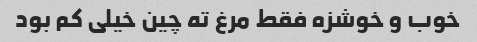
خوب و خوشزه فقط مرغ ته چین خیلی کم بود